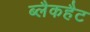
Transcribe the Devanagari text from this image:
ब्लैकहैट